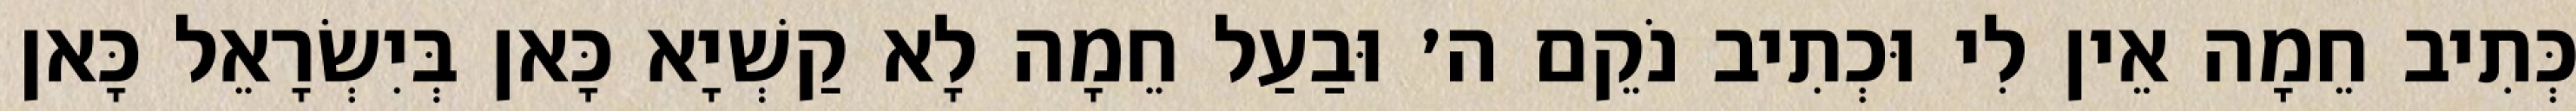
כְּתִיב חֵמָה אֵין לִי וּכְתִיב נֹקֵם ה׳ וּבַעַל חֵמָה לָא קַשְׁיָא כָּאן בְּיִשְׂרָאֵל כָּאן